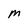
Character: m